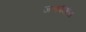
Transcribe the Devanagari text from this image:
जलपेयांचा